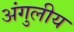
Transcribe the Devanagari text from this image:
अंगुलीय